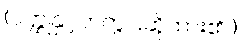
(ဝတ္ထုနှင့်တကွပြဆိုထား၏။)